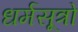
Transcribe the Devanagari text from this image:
धर्मसूत्रो